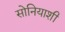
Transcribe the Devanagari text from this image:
सोनियाशी